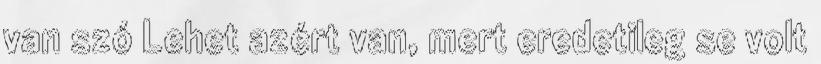
van szó Lehet azért van, mert eredetileg se volt